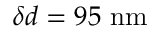
\delta d = 9 5 ~ \mathrm { { n m } }